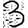
Digit: 3